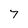
Character: 7